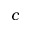
c